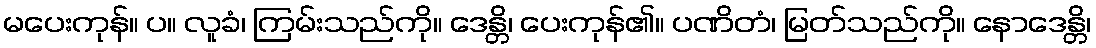
မပေးကုန်။ ပ။ လူခံ၊ ကြမ်းသည်ကို။ ဒေန္တိ၊ ပေးကုန်၏။ ပဏိတံ၊ မြတ်သည်ကို။ နောဒေန္တိ၊